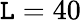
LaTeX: \mathtt{L}=40